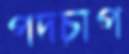
পদচাপ